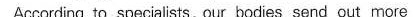
According to specialists,our bodies send out more